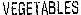
VEGETABLES